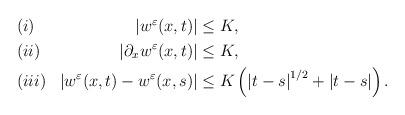
LaTeX: \begin{align*} \begin{aligned} & (i) & \left| w^\varepsilon (x,t) \right| & \leq K, \medskip\\ & (ii) & \left| \partial_x w^\varepsilon (x,t) \right| & \leq K, \medskip\\ & (iii) & \left| w^\varepsilon (x,t) - w^\varepsilon (x,s) \right| & \leq K \left(\left| t-s \right|^{1/2} + |t-s| \right). \end{aligned} \end{align*}